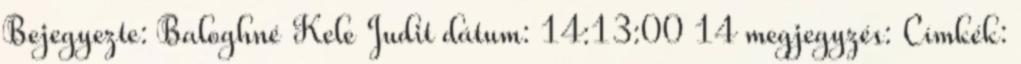
Bejegyezte: Baloghné Kele Judit dátum: 14:13:00 14 megjegyzés: Címkék: